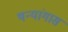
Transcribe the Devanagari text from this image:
षन्यांगास